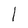
Character: 1